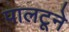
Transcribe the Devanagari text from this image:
पालटूने